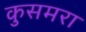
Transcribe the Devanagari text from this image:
कुसमरा